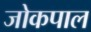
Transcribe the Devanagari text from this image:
जोकपाल